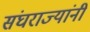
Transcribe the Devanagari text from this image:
संघराज्यांनी